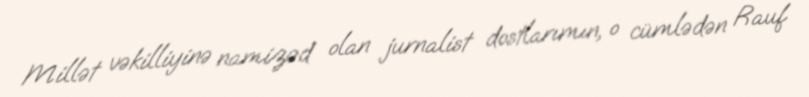
Millət vəkilliyinə namizəd olan jurnalist dostlarımın, o cümlədən Rauf